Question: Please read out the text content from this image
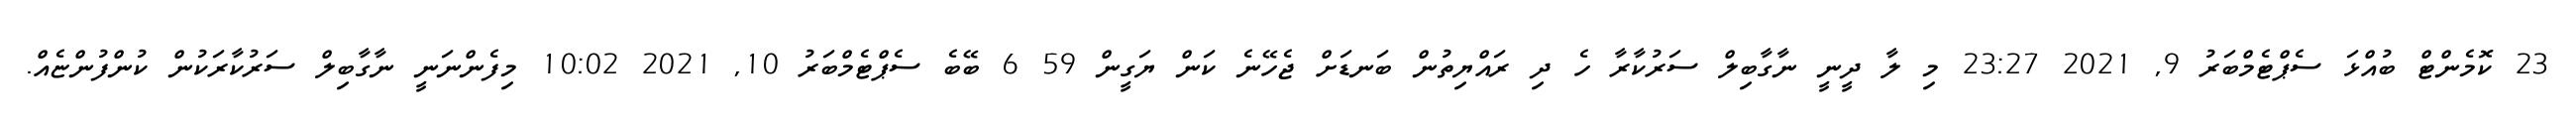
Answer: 23 ކޮމެންޓް ބުއްޅަ ސެޕްޓެމްބަރު 9, 2021 23:27 މި ލާ ދީނީ ނާގާބިލް ސަރުކާރާ ހެ ދި ރައްޔިތުން ބަނޑަށް ޖެހޭނެ ކަން ޔަގީން 59 6 ބޭބެ ސެޕްޓެމްބަރު 10, 2021 10:02 މިފެންނަނީ ނާގާބިލް ސަރުކާރަކުން ކުންފުންޏެއް.